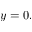
y = 0 .